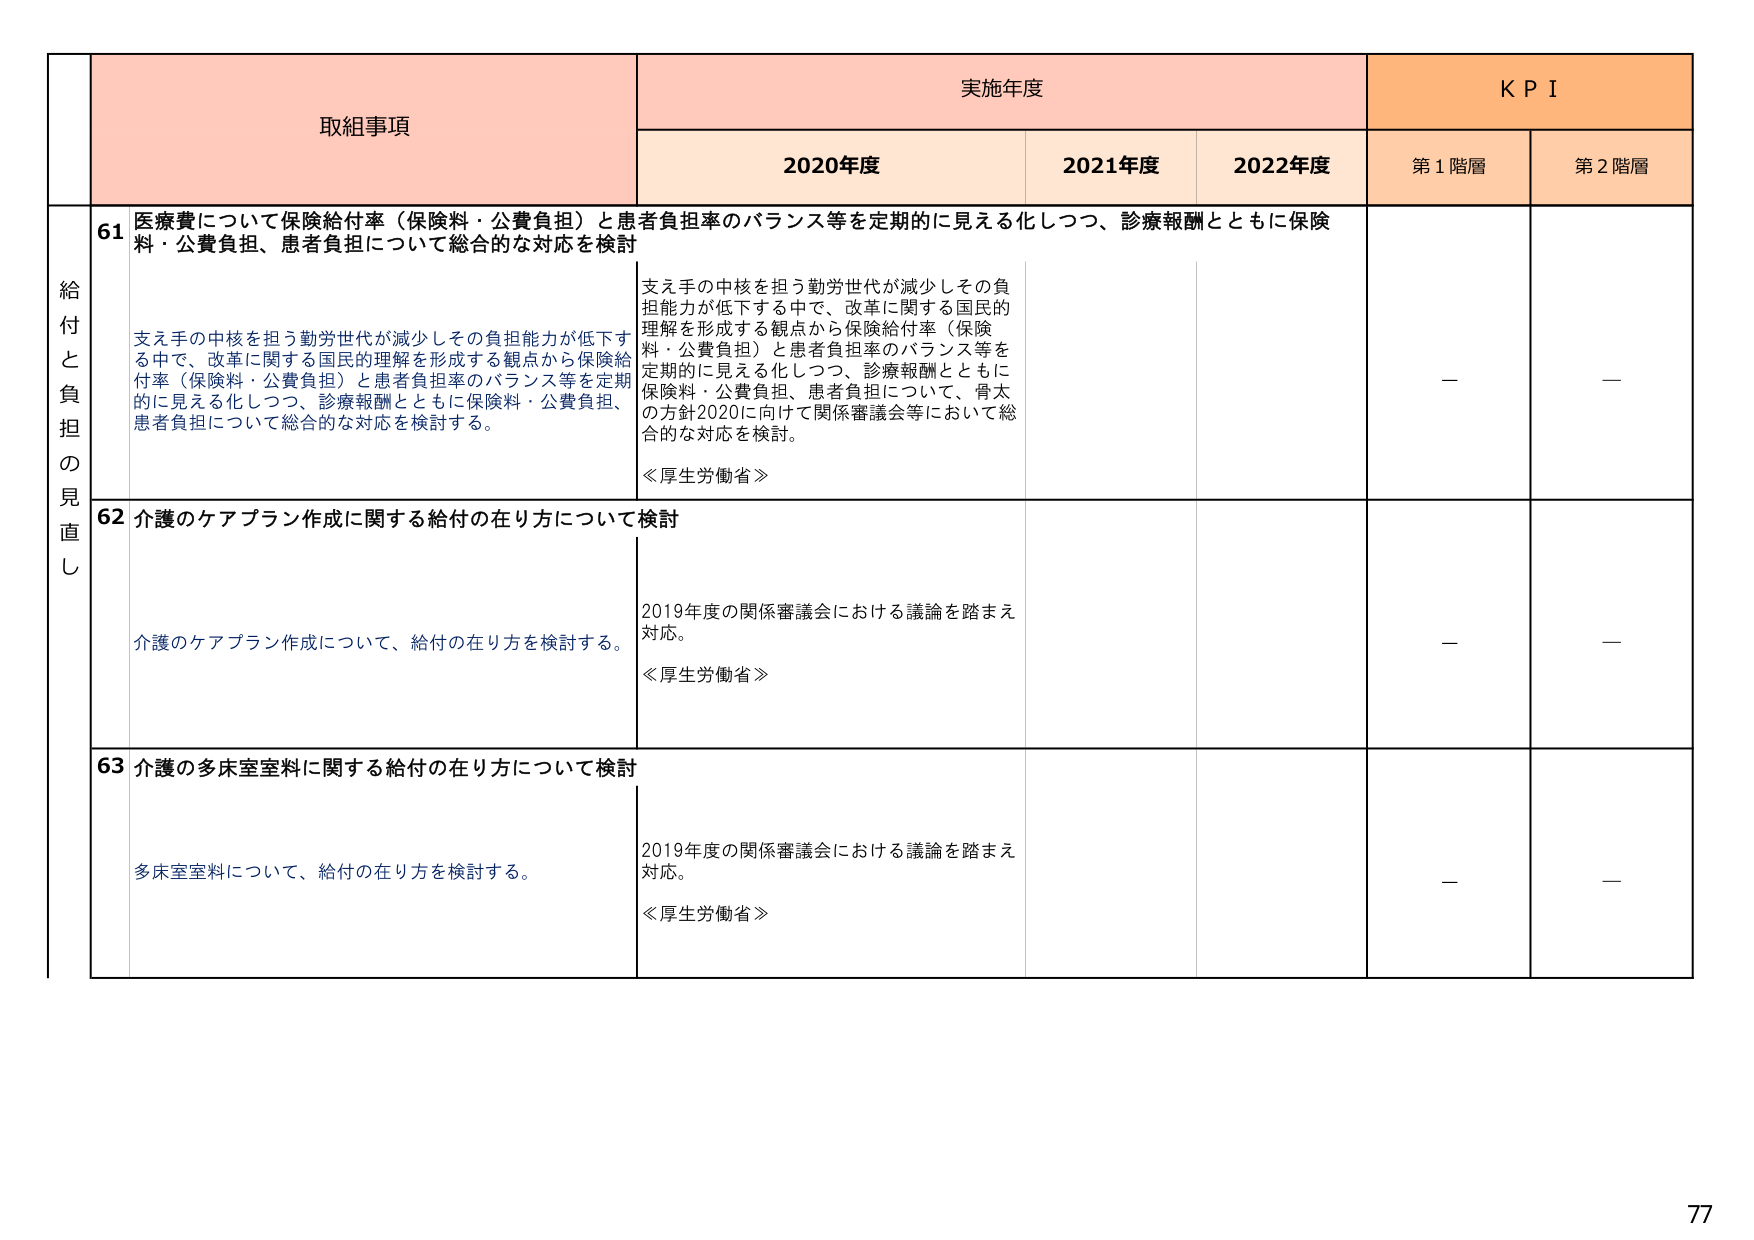
取組事項
実施年度
KPI
2020年度
2021年度
2022年度
第1階層
第2階層
給付と負担の見直し
61 医療費について保険給付率（保険料・公費負担）と患者負担率のバランス等を定期的に見える化しつつ、診療報酬とともに保険料・公費負担、患者負担について総合的な対応を検討
支え手の中核を担う勤労世代が減少しその負担能力が低下する中で、改革に関する国民的理解を形成する観点から保険給付率（保険料・公費負担）と患者負担率のバランス等を定期的に見える化しつつ、診療報酬とともに保険料・公費負担、患者負担について総合的な対応を検討する。
支え手の中核を担う勤労世代が減少しその負担能力が低下する中で、改革に関する国民的理解を形成する観点から保険給付率（保険料・公費負担）と患者負担率のバランス等を定期的に見える化しつつ、診療報酬とともに保険料・公費負担、患者負担について、骨太の方針2020に向けて関係審議会等において総合的な対応を検討。
≪厚生労働省≫
ー
ー
62 介護のケアプラン作成に関する給付の在り方について検討
介護のケアプラン作成について、給付の在り方を検討する。
2019年度の関係審議会における議論を踏まえ対応。
≪厚生労働省≫
ー
ー
63 介護の多床室室料に関する給付の在り方について検討
多床室室料について、給付の在り方を検討する。
2019年度の関係審議会における議論を踏まえ対応。
≪厚生労働省≫
ー
ー
77